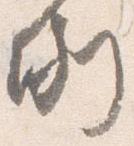
例